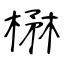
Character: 楙